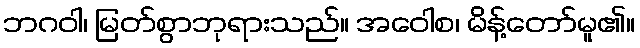
ဘဂဝါ၊ မြတ်စွာဘုရားသည်။ အဝေါစ၊ မိန့်တော်မူ၏။